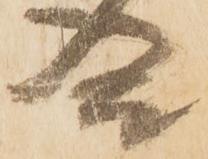
合